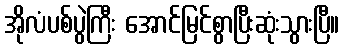
အိုလံပစ်ပွဲကြီး အောင်မြင်စွာပြီးဆုံးသွားပြီ။